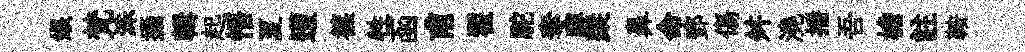
娘梵洙攝輯起悟夏遭篠牲函甫翟駝奪禪蹤鼻命鄧傷舛澆播吾檐註鞍